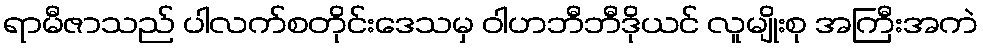
ရာမီဇာသည် ပါလက်စတိုင်းဒေသမှ ဝါဟဘီဘီဒိုယင် လူမျိုးစု အကြီးအကဲ